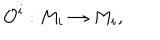
{ \cal O } ^ { i } : M _ { i } \rightarrow M _ { i } ,